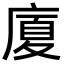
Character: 廈